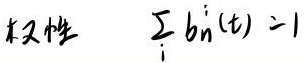
权性 $\sum_{i} b_{n}^{i}(t)=1$